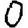
Digit: 0